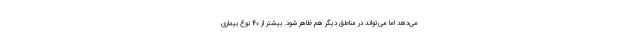
می‌دهد اما می‌تواند در مناطق دیگر هم ظاهر شود. بیشتر از 40 نوع بیماری